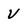
Character: V